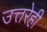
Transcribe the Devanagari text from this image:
उत्तरेही